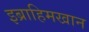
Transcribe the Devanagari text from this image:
इब्राहिमखान